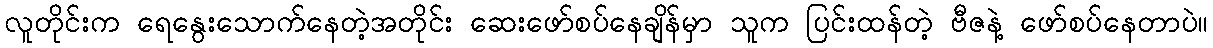
လူတိုင်းက ရေနွေးသောက်နေတဲ့အတိုင်း ဆေးဖော်စပ်နေချိန်မှာ သူက ပြင်းထန်တဲ့ ဗီဇနဲ့ ဖော်စပ်နေတာပဲ။